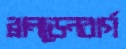
ব্রানডেনবার্গ